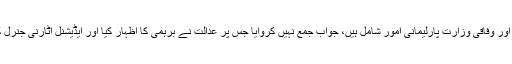
اس درخواست میں بنائے گئے فریقین نے جن میں صدر مملکت، وزیر اعظم اور وفاقی وزارت پارلیمانی امور شامل ہیں، جواب جمع نہیں کروایا جس پر عدالت نے برہمی کا اظہار کیا اور ایڈیشنل اٹارنی جنرل کو مخاطب کرتے ہوئے کہا کہ کیا وہ نہیں چاہتے کہ الیکشن کمیشن فعال ہو۔